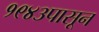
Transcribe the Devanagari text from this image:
१९४३पासून